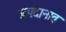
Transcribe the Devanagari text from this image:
उत्पदानात